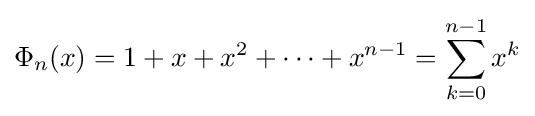
\Phi _{n}(x)=1+x+x^{2}+\cdots +x^{n-1}=\sum _{k=0}^{n-1}x^{k}